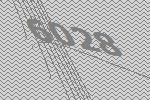
6028